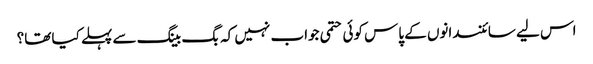
اس لیے سائنسدانوں کے پاس کوئی حتمی جواب نہیں کہ بگ بینگ سے پہلے کیا تھا؟